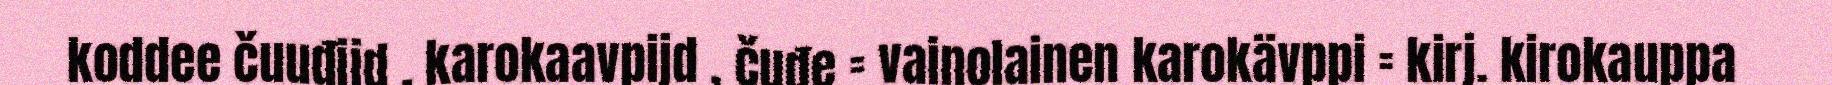
koddee čuuđijd , karokaavpijd , čuđe = vainolainen karokävppi = kirj. kirokauppa